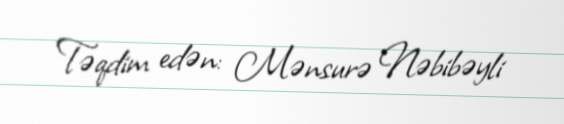
Təqdim edən: Mənsurə Nəbibəyli